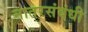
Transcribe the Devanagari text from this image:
नातरसंबंधी